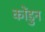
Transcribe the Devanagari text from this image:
कोंडुन